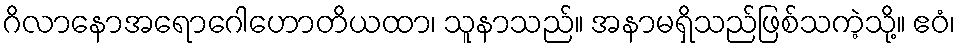
ဂိလာနောအရောဂေါဟောတိယထာ၊ သူနာသည်။ အနာမရှိသည်ဖြစ်သကဲ့သို့။ ဧဝံ၊